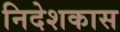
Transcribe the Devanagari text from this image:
निदेशकास